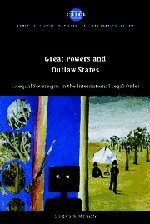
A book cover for Great Powers and Outlaw States: Unequal Sovereigns in the International Legal Order (Cambridge Studies in International and Comparative Law); Gerry Simpson; Law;